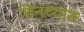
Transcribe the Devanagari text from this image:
शिनच्याङ